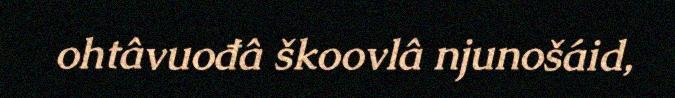
ohtâvuođâ škoovlâ njunošáid,